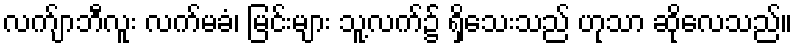
လက်ျာဘီလူး လက်မခံ၊ မြင်းများ သူ့လက်၌ ရှိသေးသည် ဟုသာ ဆိုလေသည်။